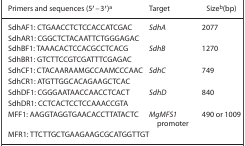
| Primers and sequences (5′–3′)a | Target | Sizeb (bp) |
 | --- | --- | --- |
 | SdhAF1: CTGAACCTCTCCACCATCGAC | <ROWSPAN=2> SdhA | <ROWSPAN=2> 2077 |
 | SdhAR1: CGGCTCTACAATTCTGGGAGAC |
 | SdhBF1: TAAACACTCCACGCCTCACG | <ROWSPAN=2> SdhB | <ROWSPAN=2> 1270 |
 | SdhBR1: GTCTTCCGTCGATTTCGAGAC |
 | SdhCF1: CTACAARAAMGCCAAMCCCAAC | <ROWSPAN=2> SdhC | <ROWSPAN=2> 749 |
 | SdhCR1: ATGTTGGCACAGAAGCTCAC |
 | SdhDF1: CGGGAATAACCAACCTCACT | <ROWSPAN=2> SdhD | <ROWSPAN=2> 840 |
 | SdhDR1: CCTCACTCCTCCAAACCGTA |
 | MFF1: AAGGTAGGTGAACACCTTATACTC | <ROWSPAN=2> MgMFS1 promoter | <ROWSPAN=2> 490 or 1009 |
 | MFR1: TTCTTGCTGAAGAAGCGCATGGTTGT |